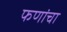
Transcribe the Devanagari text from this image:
फणांचा